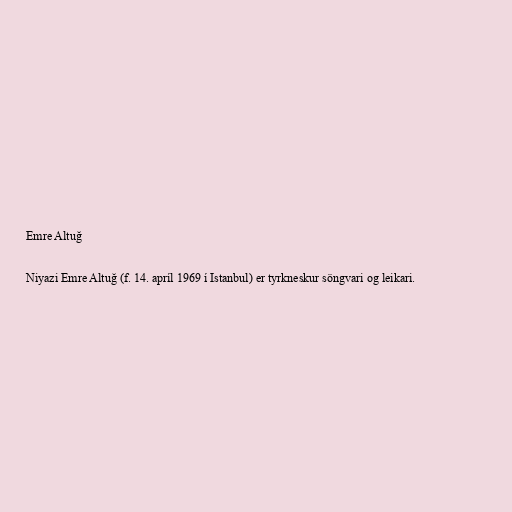
Emre Altuğ

Niyazi Emre Altuğ (f. 14. apríl 1969 í Istanbul) er tyrkneskur söngvari og leikari.